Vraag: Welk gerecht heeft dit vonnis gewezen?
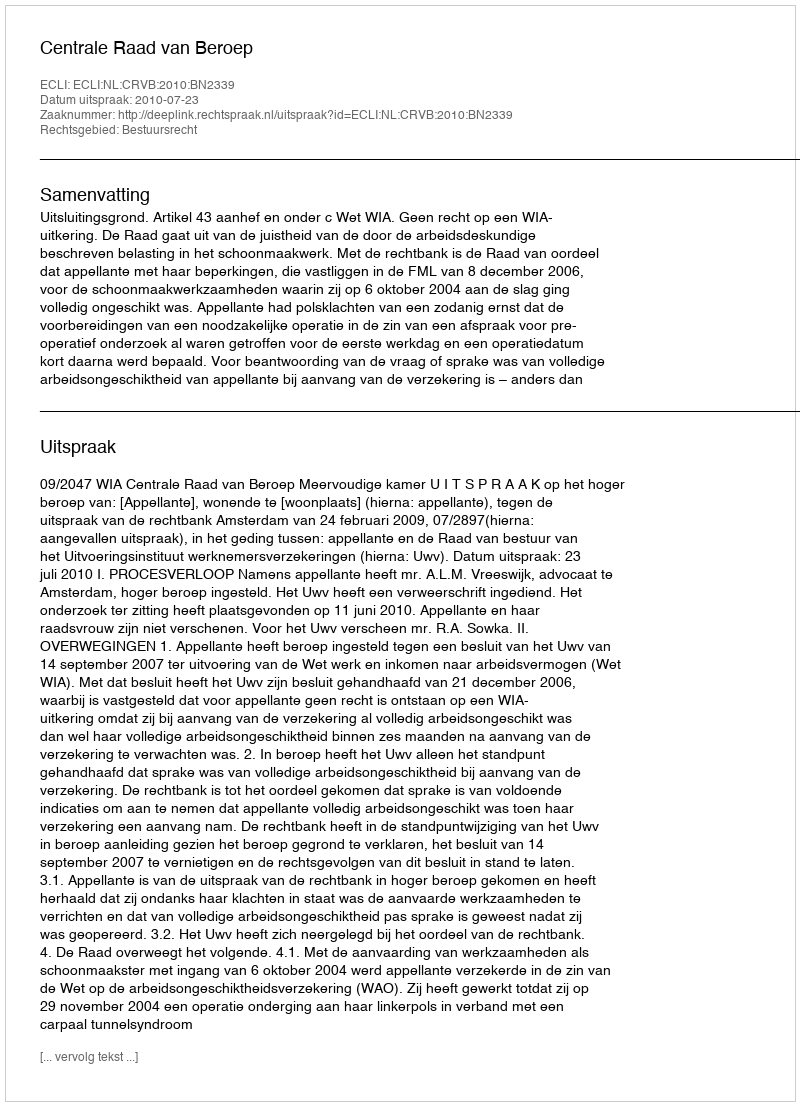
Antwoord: Centrale Raad van Beroep